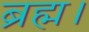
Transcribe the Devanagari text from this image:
ब्रह्म।